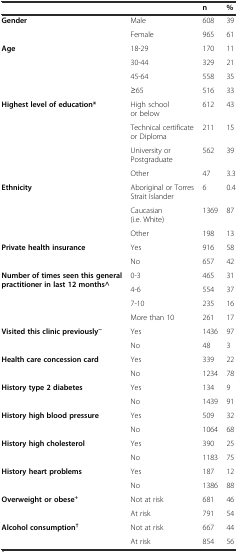
<table><thead><tr><td></td><td></td><td><b>n</b></td><td><b>%</b></td></tr></thead><tbody><tr><td rowspan="2"><b>Gender</b></td><td>Male</td><td>608</td><td>39</td></tr><tr><td>Female</td><td>965</td><td>61</td></tr><tr><td rowspan="4"><b>Age</b></td><td>18-29</td><td>170</td><td>11</td></tr><tr><td>30-44</td><td>329</td><td>21</td></tr><tr><td>45-64</td><td>558</td><td>35</td></tr><tr><td>≥65</td><td>516</td><td>33</td></tr><tr><td rowspan="4"><b>Highest level of education*</b></td><td>High school or below</td><td>612</td><td>43</td></tr><tr><td>Technical certificate or Diploma</td><td>211</td><td>15</td></tr><tr><td>University or Postgraduate</td><td>562</td><td>39</td></tr><tr><td>Other</td><td>47</td><td>3.3</td></tr><tr><td rowspan="3"><b>Ethnicity</b></td><td>Aboriginal or Torres Strait Islander</td><td>6</td><td>0.4</td></tr><tr><td>Caucasian (i.e. White)</td><td>1369</td><td>87</td></tr><tr><td>Other</td><td>198</td><td>13</td></tr><tr><td rowspan="2"><b>Private health insurance</b></td><td>Yes</td><td>916</td><td>58</td></tr><tr><td>No</td><td>657</td><td>42</td></tr><tr><td rowspan="4"><b>Number of times seen this general practitioner in last 12 months^</b></td><td>0-3</td><td>465</td><td>31</td></tr><tr><td>4-6</td><td>554</td><td>37</td></tr><tr><td>7-10</td><td>235</td><td>16</td></tr><tr><td>More than 10</td><td>261</td><td>17</td></tr><tr><td rowspan="2"><b>Visited this clinic previously</b><sup><b>~</b></sup></td><td>Yes</td><td>1436</td><td>97</td></tr><tr><td>No</td><td>48</td><td>3</td></tr><tr><td rowspan="2"><b>Health care concession card</b></td><td>Yes</td><td>339</td><td>22</td></tr><tr><td>No</td><td>1234</td><td>78</td></tr><tr><td rowspan="2"><b>History type 2 diabetes</b></td><td>Yes</td><td>134</td><td>9</td></tr><tr><td>No</td><td>1439</td><td>91</td></tr><tr><td rowspan="2"><b>History high blood pressure</b></td><td>Yes</td><td>509</td><td>32</td></tr><tr><td>No</td><td>1064</td><td>68</td></tr><tr><td rowspan="2"><b>History high cholesterol</b></td><td>Yes</td><td>390</td><td>25</td></tr><tr><td>No</td><td>1183</td><td>75</td></tr><tr><td rowspan="2"><b>History heart problems</b></td><td>Yes</td><td>187</td><td>12</td></tr><tr><td>No</td><td>1386</td><td>88</td></tr><tr><td rowspan="2"><b>Overweight or obese</b><sup><b>+</b></sup></td><td>Not at risk</td><td>681</td><td>46</td></tr><tr><td>At risk</td><td>791</td><td>54</td></tr><tr><td rowspan="2"><b>Alcohol consumption</b><sup><b>†</b></sup></td><td>Not at risk</td><td>667</td><td>44</td></tr><tr><td>At risk</td><td>854</td><td>56</td></tr></tbody></table>